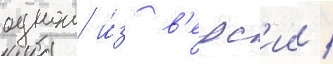
однои и́з в'ерс'ии /